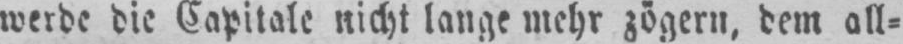
werde die Capitale nicht lange mehr zögern, dem all⸗